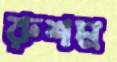
রুশম